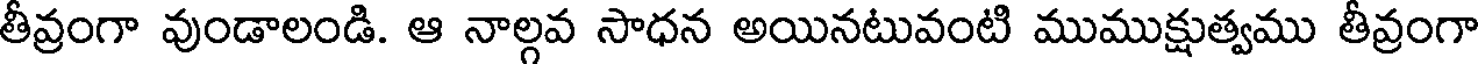
తీవ్రంగా వుండాలండి. ఆ నాల్గవ సాధన అయినటువంటి ముముక్షుత్వము తీవ్రంగా